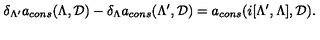
\delta _ { \Lambda ^ { \prime } } a _ { c o n s } ( \Lambda , { \cal D } ) - \delta _ { \Lambda } a _ { c o n s } ( \Lambda ^ { \prime } , { \cal D } ) = a _ { c o n s } ( i [ \Lambda ^ { \prime } , \Lambda ] , { \cal D } ) .